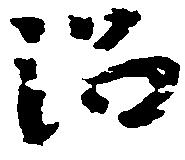
沼